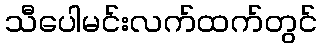
သီပေါမင်းလက်ထက်တွင်